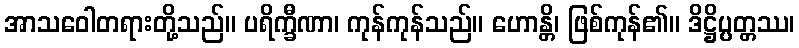
အာသဝေါတရားတို့သည်။ ပရိက္ခီဏာ၊ ကုန်ကုန်သည်။ ဟောန္တိ၊ ဖြစ်ကုန်၏။ ဒိဋ္ဌိပ္ပတ္တဿ၊